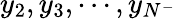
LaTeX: y_{2},y_{3},\cdots,y_{N^{-}}